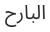
البارح